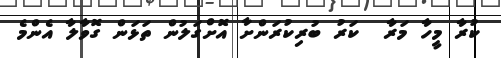
ކުރާ މީހާ މަރާ  ކަރު ބުރިކުރަންށާ އޮށްގަލުން ތަޅަން ގޮވާލާ އެންމެ